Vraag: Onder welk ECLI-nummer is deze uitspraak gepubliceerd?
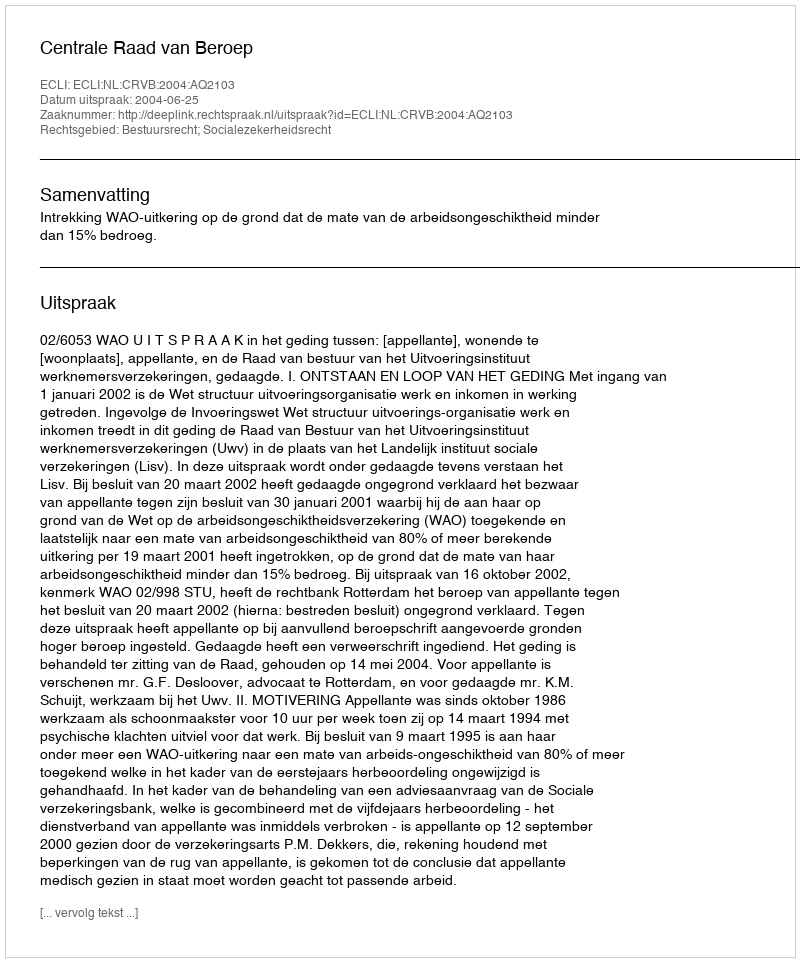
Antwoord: ECLI:NL:CRVB:2004:AQ2103